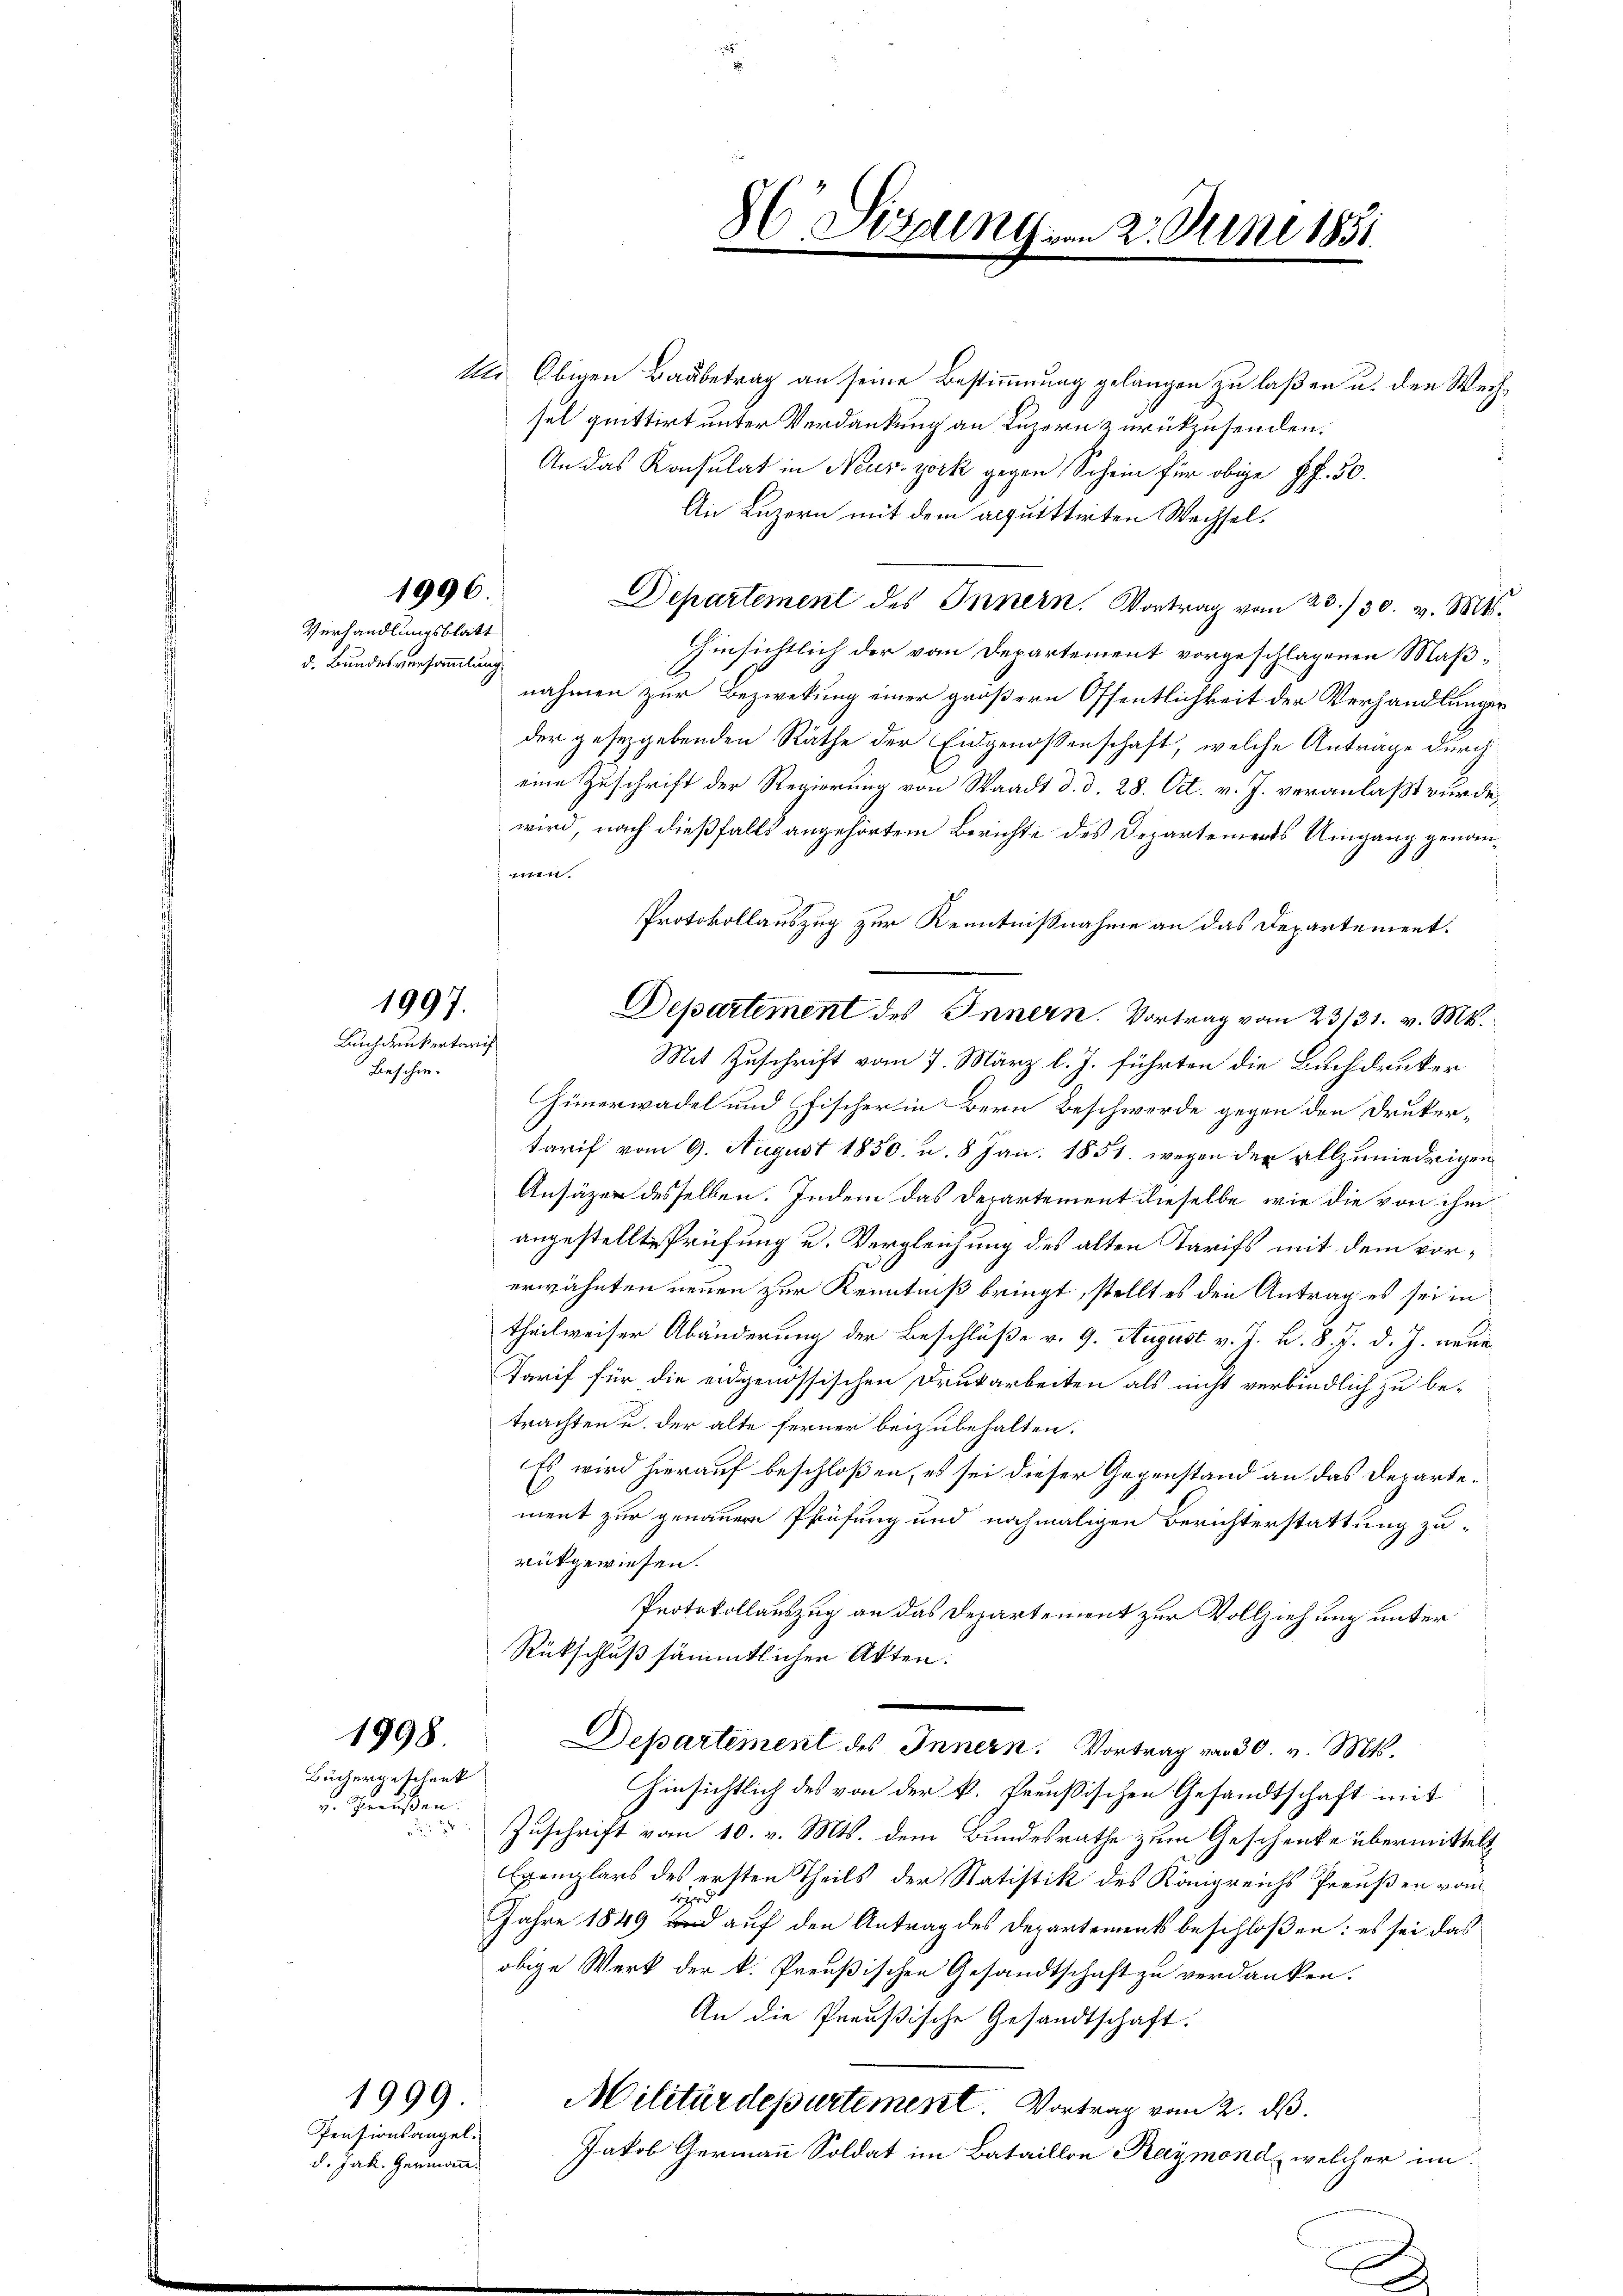
C Sizung am 2. Juni 1881
.

In Obigen Baubetrag an seine Bestimmung gelangen zu laßen u. den Weihsel quittirt unter Verdankung an Luzern zurükzusenden.
An das Konsulat in Neuzzork gegen Schein für obige Pf. 50.
An Luzern mit dem acquittirten Wechsel¬
Departement des Innern. Vortrag vom 23./30. v. Mts.
Hinsichtlich der vom Departement vorgeschlagenen Maßnahmen zur Bezwekung einer größern Öffentlichkeit der Verhandlungen
der gesetzgebenden Räthe der Eidgenossenschaft, welche Anträge durch
eine Zuschrift der Regierung von Staadt d. d. 28. Oct. v. J. veranlaßt wurde,
wird, nach dießfalls angehörtem Berichte des Departements Umgang genannmen.
Protokollauszug zur Kenntnißnahme an das Departement.
Departement des Innern. Vortrag vom 23/31. v. Mts.
Mit Zuschrift vom 7. März l. J. führten die Buchdruker
Hünerwadel und fischer in Bern Beschwerde gegen den Drukertarif vom 9. August 1850 u. 8 Jan. 1851 wegen der allzuniedrigen
Ansäzen desselben. Indem das Derartement dieselbe, wie die von ihm
angestellte Prüfung u. Vergleichung des alten Tarifs mit dem vorerwähnten neuen zur Kenntniß bringt, stellt es den Antrag es sei in
theilweiser Abänderung der Beschlüße v. 9. August v. J. v. 8. 7. d. J. neue
Tarif für die eidgenössischen Drukarbeiten als nicht verbindlich zu be-
trachten u. der alte ferner beizubehalten.
Es wird hierauf beschloßen, es sei dieser Gegenstand an das Departement zur genauer Pfrüfung und nochmaligen Berichterstattung zurückgewiesen.
Protokollauszug an das Departement zur Vollziehung unter
Rückschluß sämmtlichen Akten.
Departement des Innern. Vortrag von 30. v. Mts.
hinsichtlich des von der k. Preußischen Gesandtschaft mit
Zuschrift vom 10. v. Mts. dem Bundesrathe zum Geschenke übermittelt
Exemplars des ersten Theils der Statistik des Königreichs Preußen vom
Hyrd
Jahre 1849 und auf den Antrag des Departements beschloßen: es sei das
obige Werk der k. Preußischen Gesandtschaft zu verdanken.
An die Preußische Gesandtschaft.
Militärdepartement. Vortrag vom 2. dß.
Jakob Germann Soldat im Bataillon Raymond, welcher im

1996.
Verhandlungsblatt

d. Bundesversammlung

1997.
Buchdenkertaris
Beschie-

1998
Büchergeschenk

v. Genußen.

Pensionsangel.
d. Jak. Germann.

1999

Z